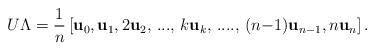
LaTeX: \begin{align*}U \Lambda = \frac{1}{n} \left[\mathbf{u}_0, \mathbf{u}_1, 2 \mathbf{u}_2,\, ...,\, k \mathbf{u}_k,\, ....,\, (n{-}1) \mathbf{u}_{n-1}, n \mathbf{u}_n \right].\end{align*}